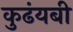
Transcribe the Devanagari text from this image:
कुढंयबी